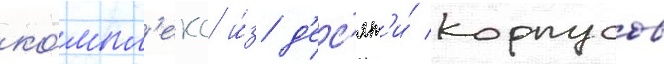
ко́мпл'екс и́з д'ес'ят'и́ корпусов